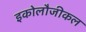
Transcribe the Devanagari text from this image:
इकोलौजीकल